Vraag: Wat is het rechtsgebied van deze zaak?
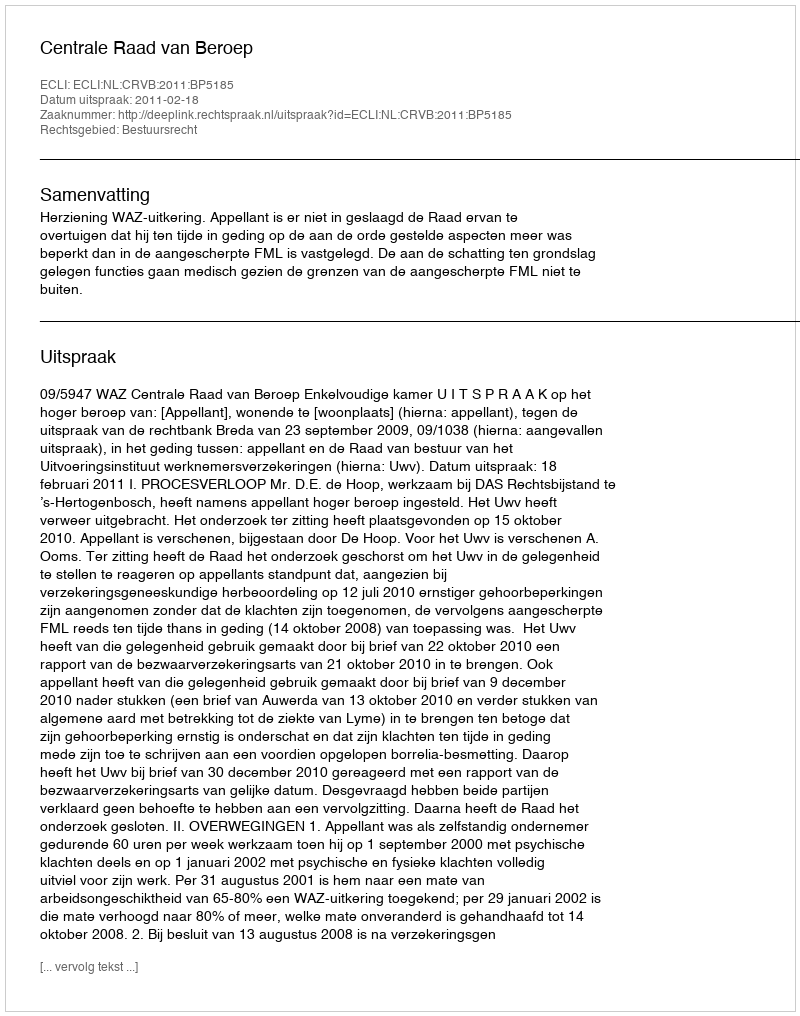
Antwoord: Bestuursrecht